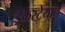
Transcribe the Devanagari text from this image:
ड्रेकेस्टेयान